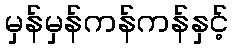
မှန်မှန်ကန်ကန်နှင့်